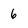
Character: 6